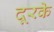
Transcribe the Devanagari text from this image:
दूरके